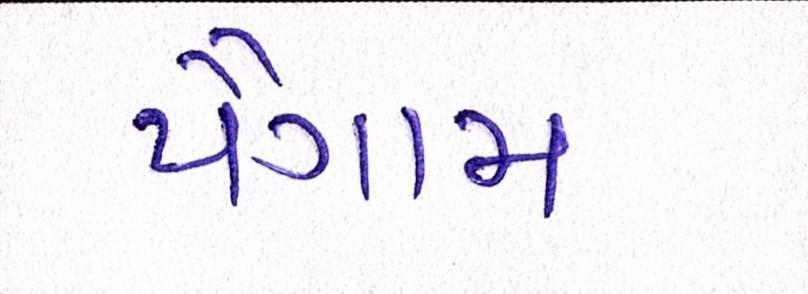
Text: પૈગામ